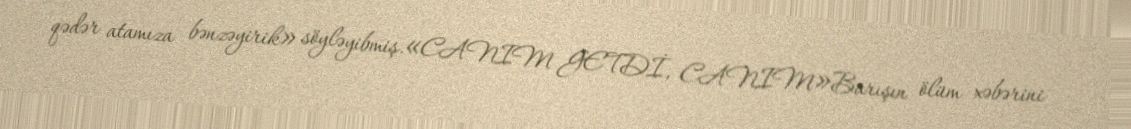
qədər atamıza bənzəyirik» söyləyibmiş.«CANIM GETDİ, CANIM»Barışın ölüm xəbərini